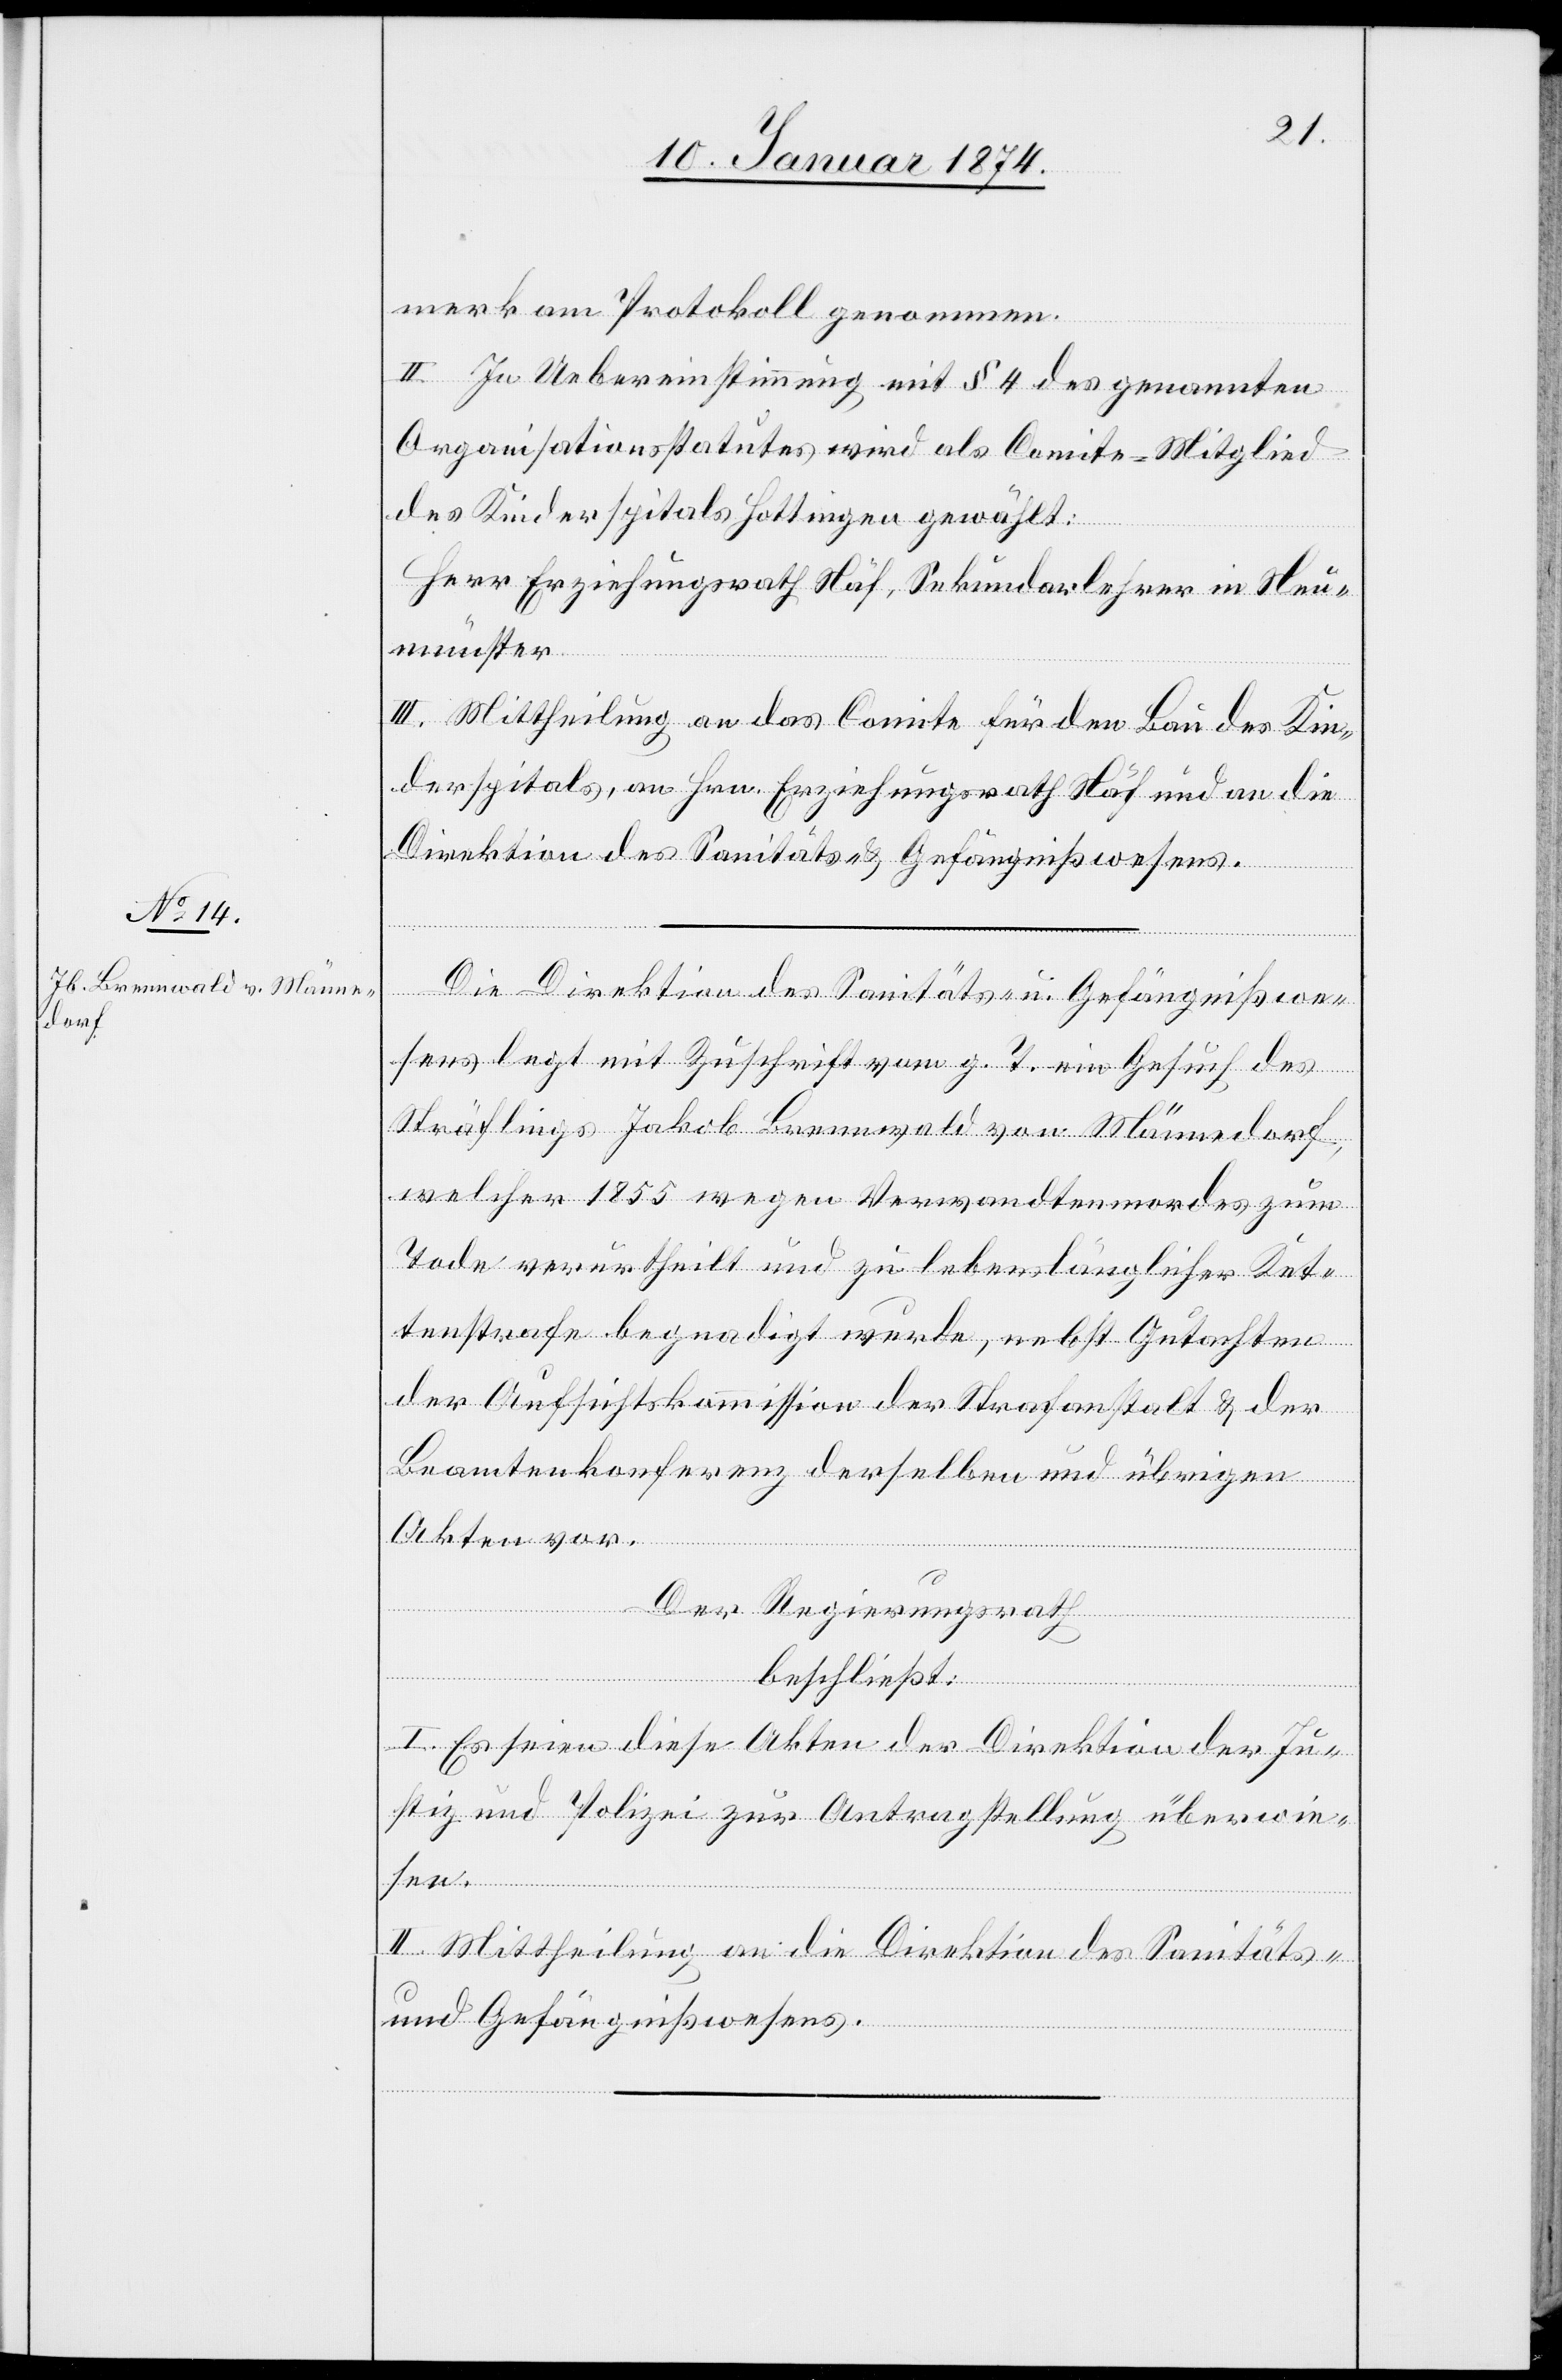
merk am Protokoll genommen.
II. In Uebereinstimmung mit § 4 des genannten
Organisationsstatutes wird als Comite-Mitglied
des Kinderspitals Hottingen gewählt:
Herr Erziehungsrath Näf, Sekundarlehrer in Neu¬
münster
III. Mittheilung an das Comite für den Bau des Kin¬
derspitals, an Hrn. Erziehungsrath Näf und an die
Direktion des Sanitäts- & Gefängnißwesens.
Die Direktion des Sanitäts- u. Gefängnißwe¬
sens legt mit Zuschrift vom g. T. ein Gesuch des
Sträflings Jakob Brennwald von Männedorf
welcher 1855 wegen Verwandtenmordes zum
Tode verurtheilt und zu lebenslänglicher Ket¬
tenstrafe begnadigt wurde, nebst Gutachten
der Aufsichtskommission der Strafanstalt & der
Beamtenkonferenz derselben und übrigen
Akten vor.
Der Regierungsrath
beschließt:
I. Es seien diese Akten der Direktion der Ju¬
stiz und Polizei zur Antragstellung überwie¬
sen.
II. Mittheilung an die Direktion des Sanitäts-
und Gefängnißwesens.